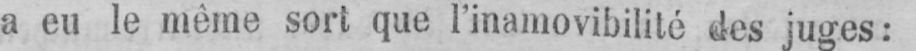
a eu le même sort que l’inamovibilité des juges: